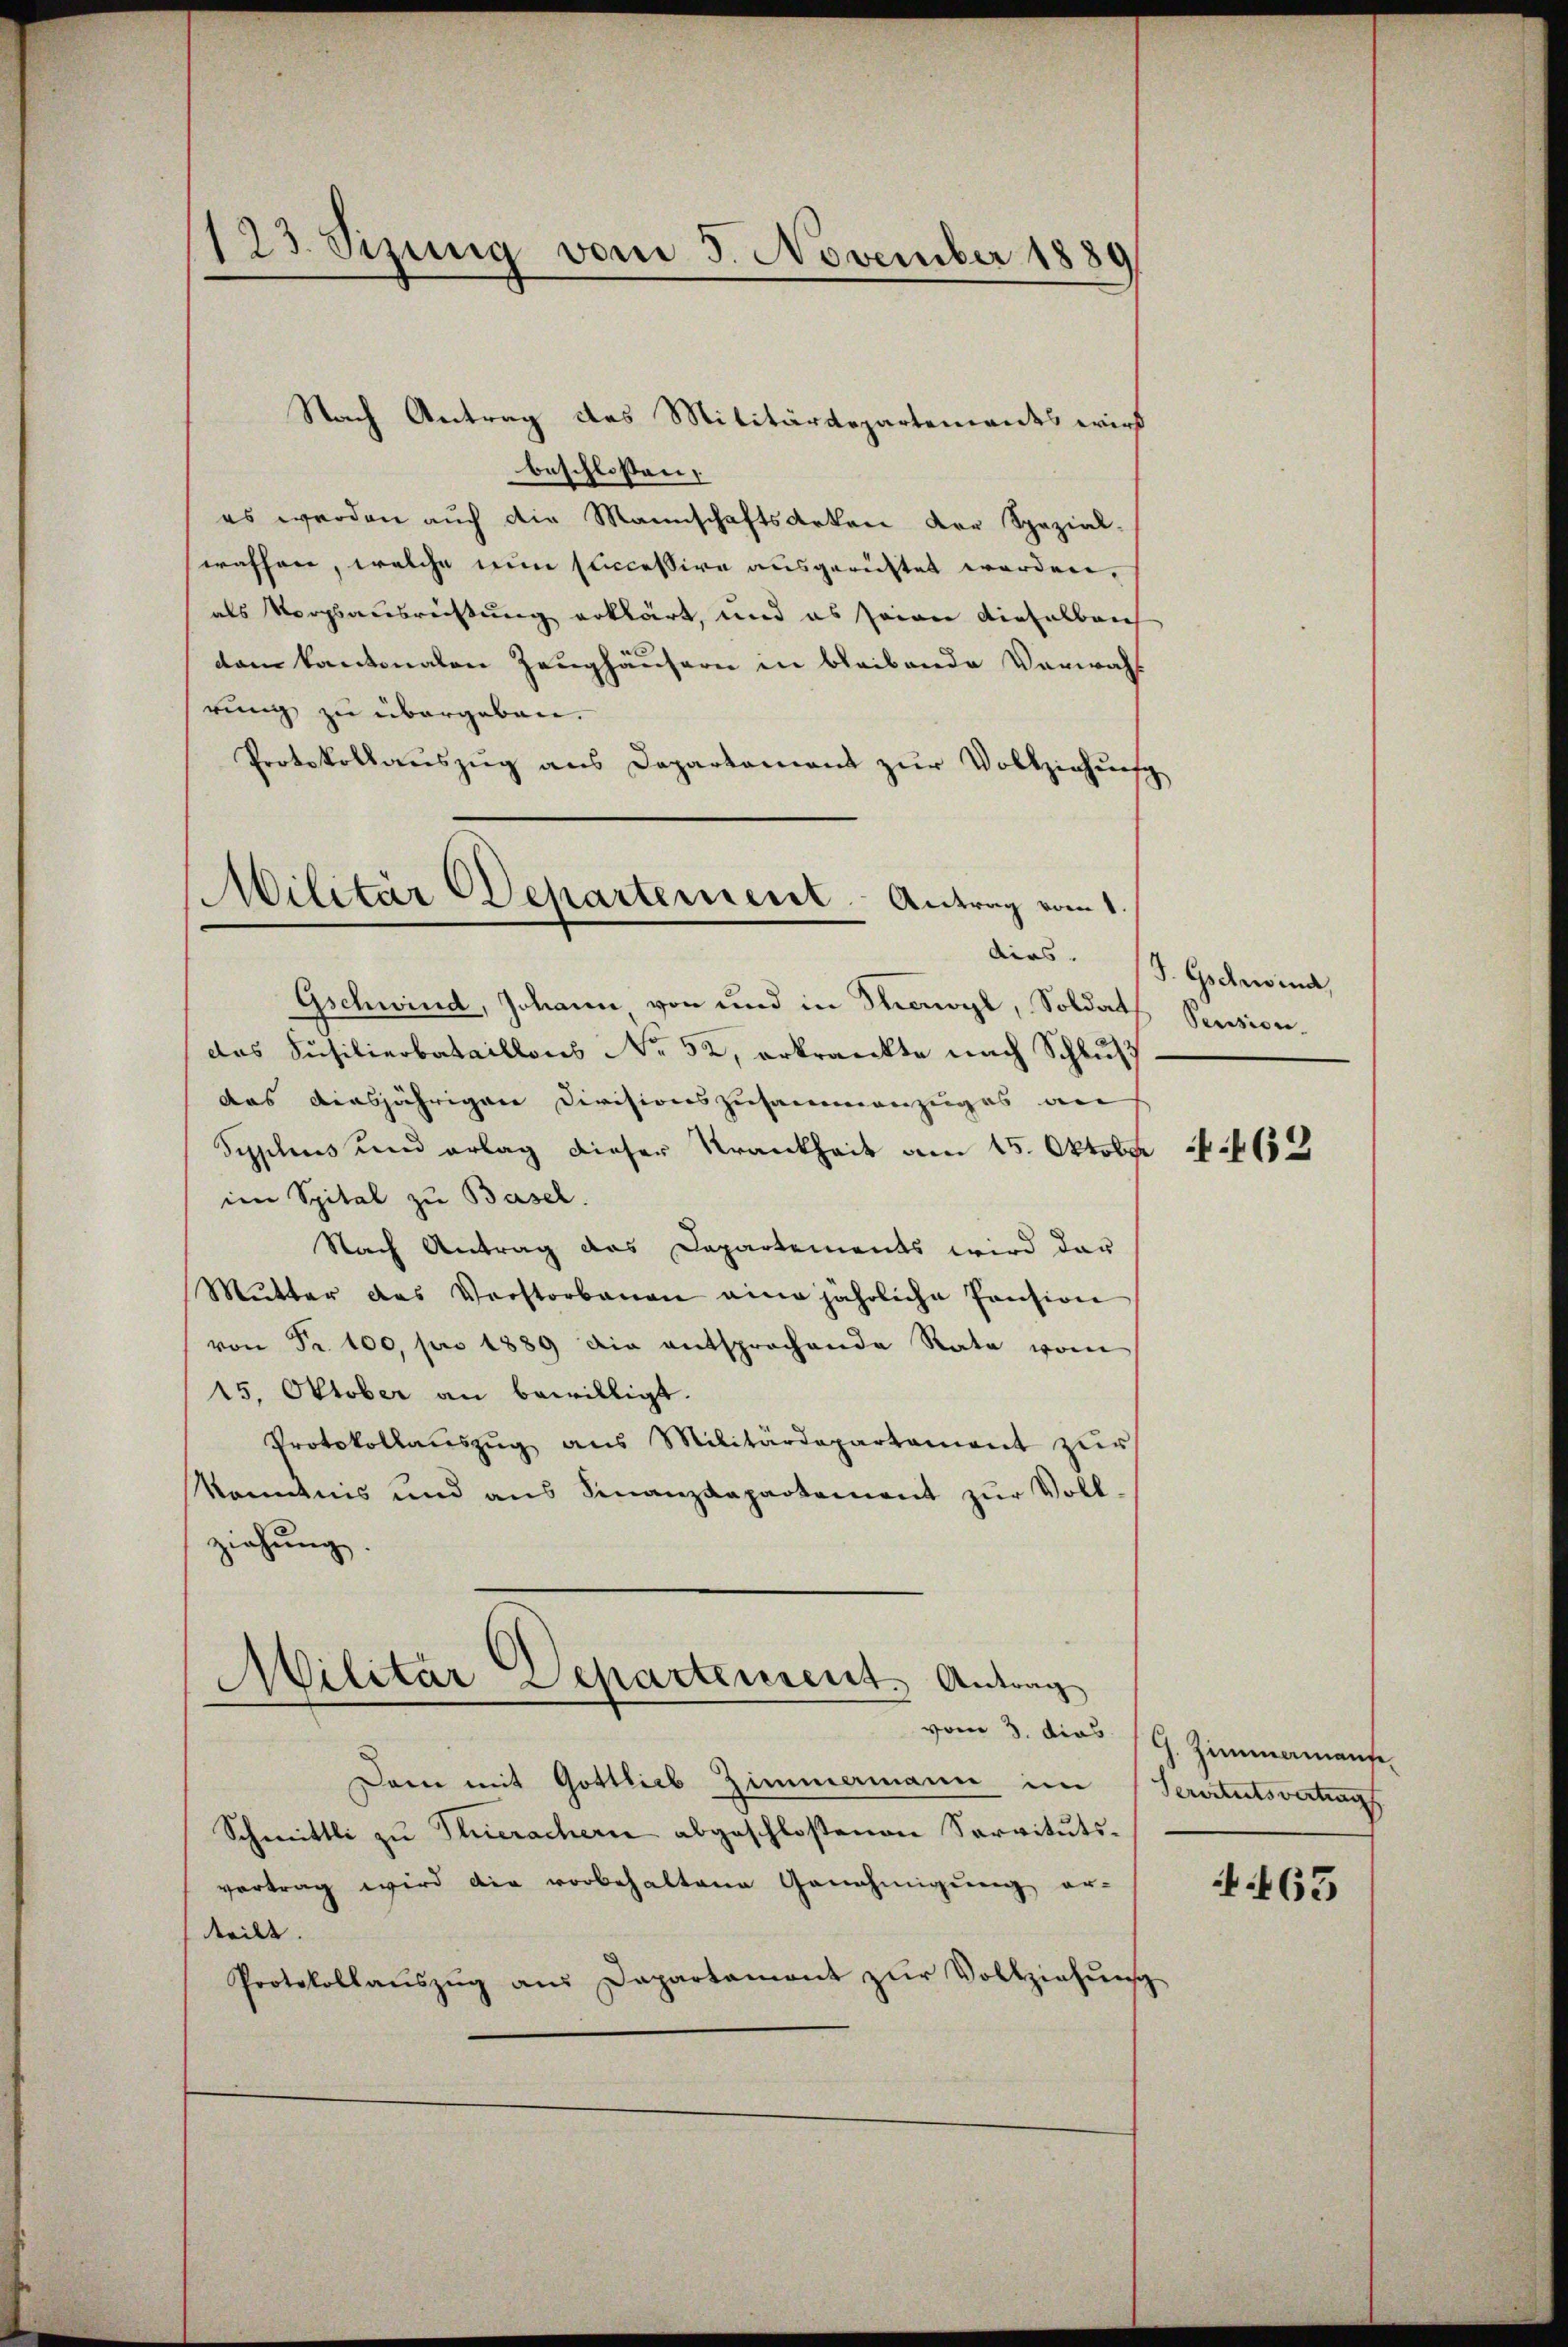
123. Sizung vom 5. November 1889

Nach Antrag des Militärdepartements wird
beschlossen:
es werden auch die Mannschaftsarten der Spezial-
waffen, welche nun successive ausgerichtet worden.
als Vorgsausreistung erklärt, und es seien dieselbeich
dam Kantonalen Zeughäusern in bleibende Verwahl
rung zu übergeben.
Protokollauszug aus Departement zur Vollziehung
Militär Departement. Antrag vom 1.

Gschwind, Johann von und in Monogl, Soldat
das Füsilierbataillons No 52, erkränkte nach Schluß
das diesjährigen Divisionszusammenzuges an
Syplius und erlag dieser Krankheit am 15. Oktober
im Spital zu Basel.
Nach Antrag des Departements wird dar
Mŭtter das Verstorbenen eine jährliche Pension
von Fr. 100 pro 1889 die entsprochende Rate vom
15. Oktober an bewilligt.
Protokollaŭszŭg aŭs Militärdepartament zŭr
konntnis und ans Finanzdepartement zŭr Voll-
ziehung.
Militar Departensent. Antrag
Dam mit Gottlieb Zimmamann im
Schmittli zŭ Pluerachern abgeschloßenen Servitutsvertrag wird die vorbehaltene Genehmigŭng er-
teilt.
Protokollaŭszŭg aŭs Dapartament zŭr Vollziehŭng

dirs. (T. Gschwind,
Pension.

462

vom 3. dies G. Zimmenante
Servitutsvertrag

63